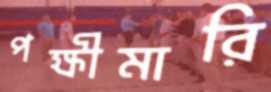
পক্ষীমারি